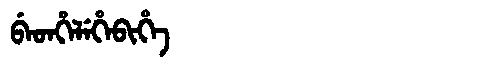
Manchu: ᠪᡝᡨᡥᡝᠯᡝᡥᡝᠪᡳᡥᡝ
Romanization: BETHELEHEBIHE